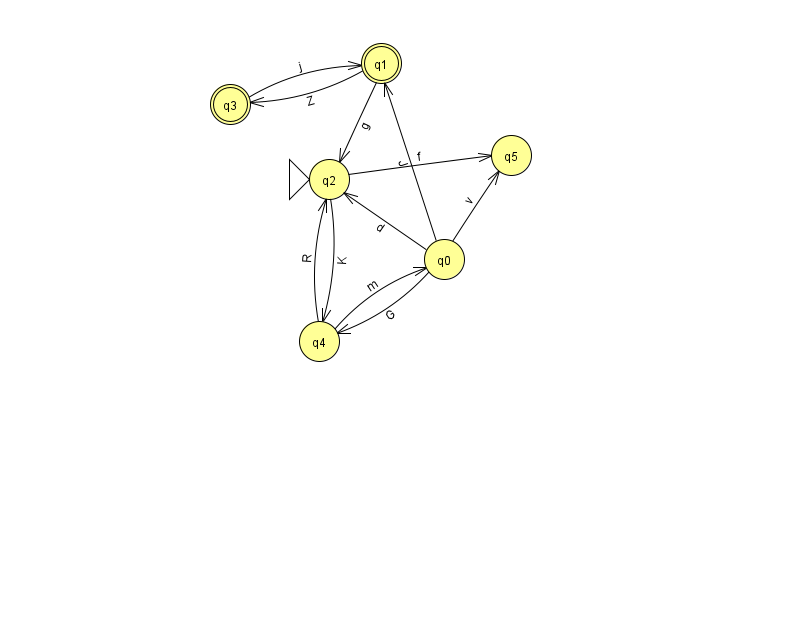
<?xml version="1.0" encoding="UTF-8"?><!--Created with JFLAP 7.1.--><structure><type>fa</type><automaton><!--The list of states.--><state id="0" name="q0"><x>444.0</x><y>246.0</y></state><state id="1" name="q1"><x>381.0</x><y>50.0</y><final/></state><state id="2" name="q2"><x>329.0</x><y>166.0</y><initial/></state><state id="3" name="q3"><x>230.0</x><y>91.0</y><final/></state><state id="4" name="q4"><x>319.0</x><y>328.0</y></state><state id="5" name="q5"><x>511.0</x><y>142.0</y></state><!--The list of transitions.--><transition><from>0</from><to>2</to><read>d</read></transition><transition><from>0</from><to>1</to><read>J</read></transition><transition><from>0</from><to>4</to><read>G</read></transition><transition><from>4</from><to>2</to><read>R</read></transition><transition><from>1</from><to>2</to><read>g</read></transition><transition><from>0</from><to>5</to><read>v</read></transition><transition><from>1</from><to>3</to><read>Z</read></transition><transition><from>3</from><to>1</to><read>j</read></transition><transition><from>2</from><to>4</to><read>K</read></transition><transition><from>2</from><to>5</to><read>f</read></transition><transition><from>4</from><to>0</to><read>m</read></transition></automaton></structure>